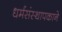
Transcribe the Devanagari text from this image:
धर्मसंस्थापकाने